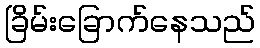
ခြိမ်းခြောက်နေသည်